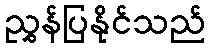
ညွှန်ပြနိုင်သည်